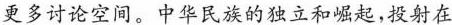
更多讨论空间。中华民族的独立和崛起，投射在